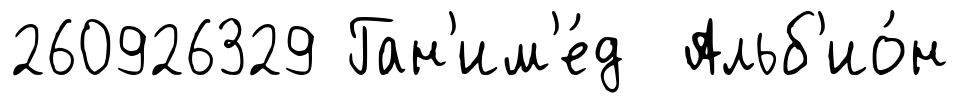
260926329 Ган'им'е́д Альб'ио́н